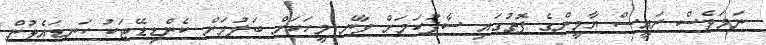
ނަމަވެސް ރައީސް ޔާމީންގެ ފޮތުގައި ސާފުކަމަށް ވާނެ މީހަކަށް ބަލުމަށް ކެންޑިޑޭޓަކު ކަނޑައެޅުން